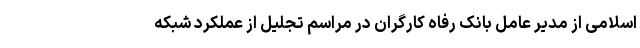
اسلامی از مدیر عامل بانک رفاه کارگران در مراسم تجلیل از عملکرد شبکه